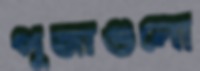
পূজাগুলো